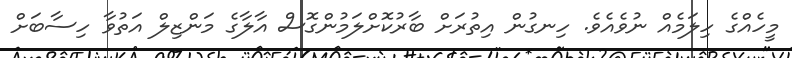
މީހެއްގެ ހިލަމެއް ނުވެއެވެ. ހިނގުން އިތުރަށް ބާރުކޮށްލަމުންގޮސް އާލާގެ މަންޒިލް އަތުވާ ހިސާބަށް